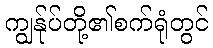
ကျွန်ုပ်တို့၏စက်ရုံတွင်